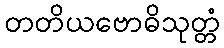
တတိယဗောဓိသုတ္တံ